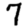
Digit: 7